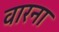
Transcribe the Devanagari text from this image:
वारना